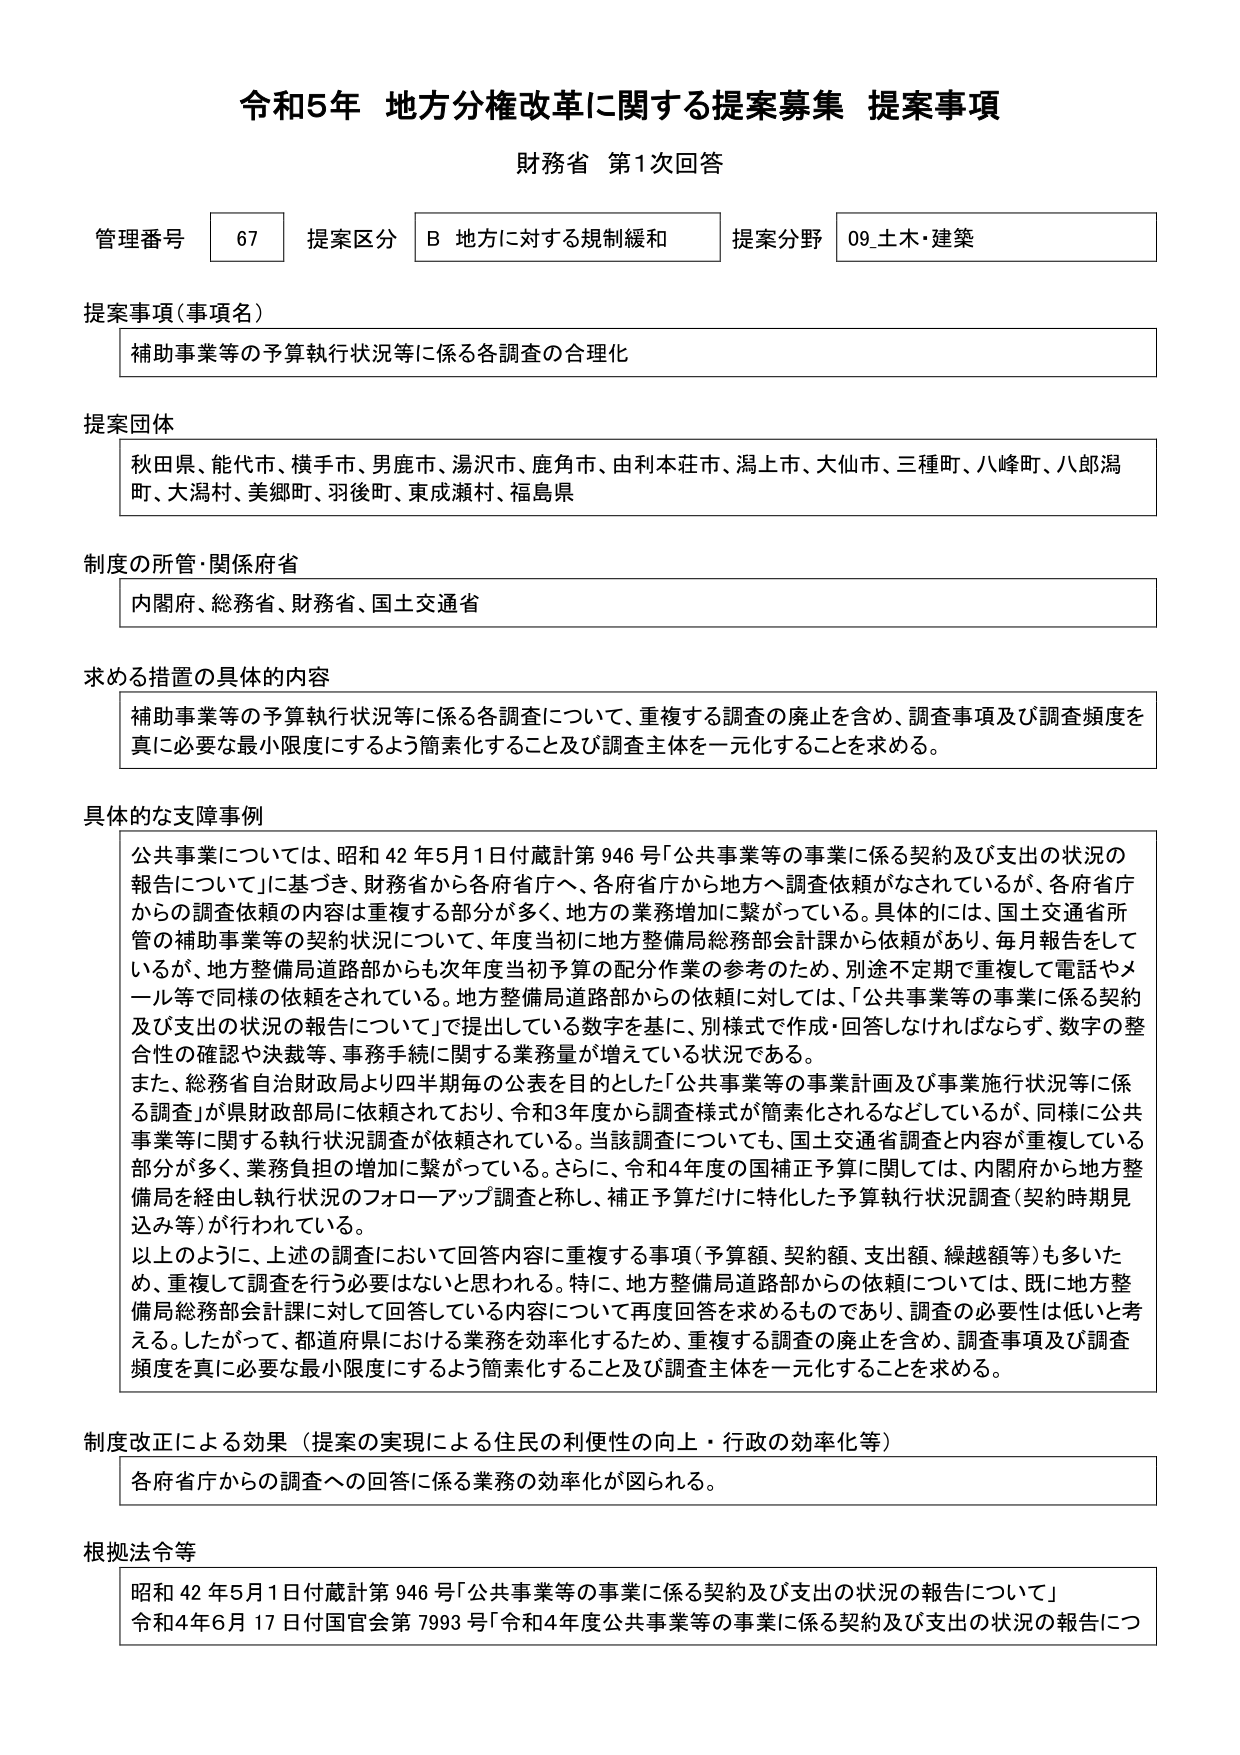
令和5年 地方分権改革に関する提案募集 提案事項
財務省 第1次回答

管理番号 67 提案区分 B 地方に対する規制緩和 提案分野 09_土木・建築

提案事項（事項名）
補助事業等の予算執行状況等に係る各調査の合理化

提案団体
秋田県、能代市、横手市、男鹿市、湯沢市、鹿角市、由利本荘市、潟上市、大仙市、三種町、八峰町、八郎潟町、大潟村、美郷町、羽後町、東成瀬村、福島県

制度の所管・関係府省
内閣府、総務省、財務省、国土交通省

求める措置の具体的な内容
補助事業等の予算執行状況等に係る各調査について、重複する調査の廃止を含め、調査事項及び調査頻度を真に必要な最小限度にするよう簡素化すること及び調査主体を一元化することを求める。

具体的な支障事例
公共事業については、昭和42年5月1日付歳計第946号「公共事業等の事業に係る契約及び支出の状況の報告について」に基づき、財務省から各府省庁へ、各府省庁から地方へ調査依頼がなされているが、各府省庁からの調査依頼の内容は重複する部分が多く、地方の業務増加に繋がっている。具体的には、国土交通省所管の補助事業等の契約状況について、年度当初に地方整備局総務部会計課から依頼があり、毎月報告をしているが、地方整備局道路部からも次年度当初予算の配分作業の参考のため、別途不定期で重複して電話やメール等で同様の依頼をされている。地方整備局道路部からの依頼に対しては、「公共事業等の事業に係る契約及び支出の状況の報告について」で提出している数字を基に、別様式で作成・回答しなければならず、数字の整合性の確認や決裁等、事務手続に関する業務量が増えている状況である。
また、総務省自治財政局より四半期毎の公表を目的とした「公共事業等の事業計画及び事業施行状況等に係る調査」が県財政部局に依頼されており、令和3年度から調査様式が簡素化されるなどしているが、同様に公共事業等に関する執行状況調査が依頼されている。当該調査についても、国土交通省調査と内容が重複している部分が多く、業務負担の増加に繋がっている。さらに、令和4年度の国補正予算に関しては、内閣府から地方整備局を経由し執行状況のフォローアップ調査と称し、補正予算だけに特化した予算執行状況調査（契約時期見込み等）が行われている。
以上のように、上述の調査において回答内容に重複する事項（予算額、契約額、支出額、繰越額等）も多いため、重複して調査を行う必要はないと思われる。特に、地方整備局道路部からの依頼については、既に地方整備局総務部会計課に対して回答している内容について再度回答を求めるものであり、調査の必要性は低いと考える。したがって、都道府県における業務を効率化するため、重複する調査の廃止を含め、調査事項及び調査頻度を真に必要な最小限度にするよう簡素化すること及び調査主体を一元化することを求める。

制度改正による効果（提案の実現による住民の利便性の向上・行政の効率化等）
各府省庁からの調査への回答に係る業務の効率化が図られる。

根拠法令等
昭和42年5月1日付歳計第946号「公共事業等の事業に係る契約及び支出の状況の報告について」
令和4年6月17日付国官会第7993号「令和4年度公共事業等の事業に係る契約及び支出の状況の報告につ」